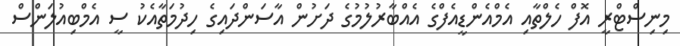
މިނިސްޓްރީ އޮފް ހެލްތާއި އެމްއެންޑީއެފްގެ އެއްބާރުލުމުގެ ދަށުން އާސަންދައިގެ ހިދުމަތާއެކު ސީ އެމްބިއުލަންސް